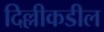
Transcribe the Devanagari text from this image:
दिल्लीकडील